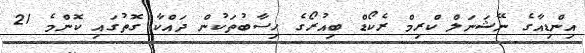
އިންޑިއާގެ ނޭޝަނަލް ކްރިމް ރެކޯޑް ބިއުރޯގެ ހިސާބުތަކުން ދައްކާ ގޮތުގައި ކޮންމެ 21